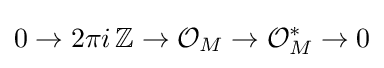
0\to 2\pi i\,\mathbb {Z} \to {\mathcal {O}}_{M}\to {\mathcal {O}}_{M}^{*}\to 0